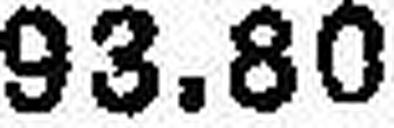
93.80